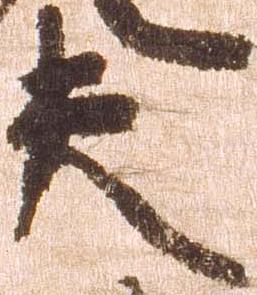
夫